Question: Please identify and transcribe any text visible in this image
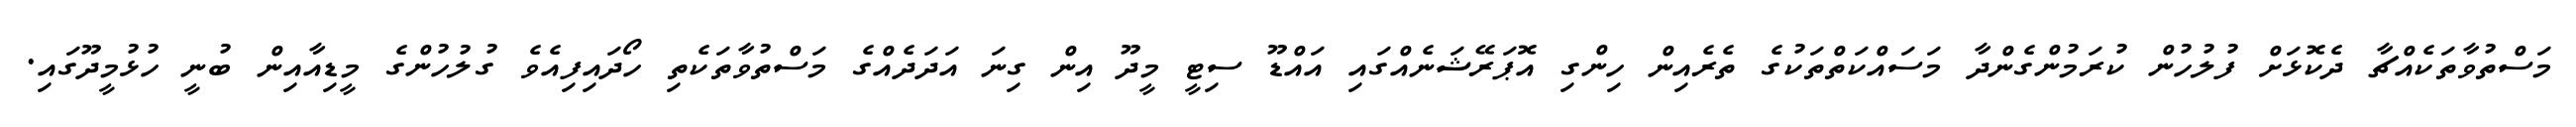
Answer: މަސްތުވާތަކެއްޗާ ދެކޮޅަށް ފުލުހުން ކުރަމުންގެންދާ މަސައްކަތްތަކުގެ ތެރެއިން ހިންގި އޮޕަރޭޝަނެއްގައި އައްޑޫ ސިޓީ މީދޫ އިން ގިނަ އަދަދެއްގެ މަސްތުވާތަކެތި ހޯދައިފިއެވެ ގުލުހުންގެ މީޑިއާއިން ބުނީ ހުޅުމީދޫގައި.